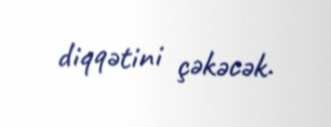
diqqətini çəkəcək.